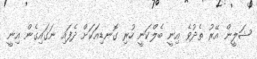
ޝަލީން އޭރު ތެދުވެ އިނީ ބެލްކަނީ ހުރި ގޮނޑިއަކަށް ދެފައި ނަގައިގެން އިނީ